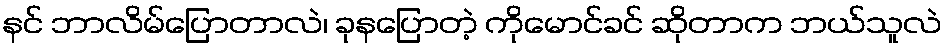
နင် ဘာလိမ်ပြောတာလဲ၊ ခုနပြောတဲ့ ကိုမောင်ခင် ဆိုတာက ဘယ်သူလဲ